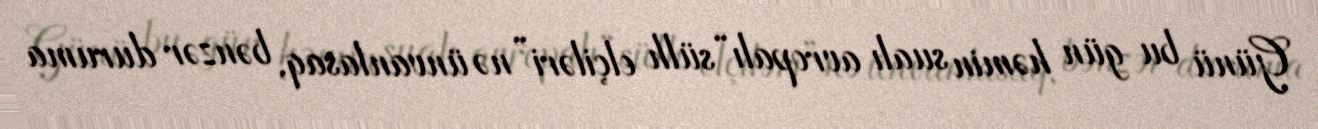
Günü bu gün həmin sualı avropalı “sülh elçiləri”nə ünvanlasaq, bənzər duruma